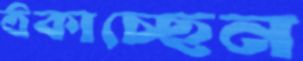
ঠকাচ্ছেন